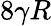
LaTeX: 8\gamma R